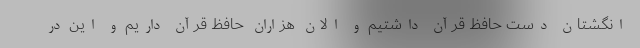
انگشتان دست حافظ قرآن داشتیم و الان هزاران حافظ قرآن داریم و این در